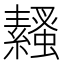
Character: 𧔓